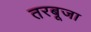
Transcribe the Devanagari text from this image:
तरबूजा